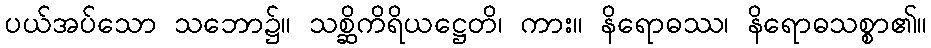
ပယ်အပ်သော သဘော၌။ သစ္ဆိကိရိယဋ္ဌေတိ၊ ကား။ နိရောဓဿ၊ နိရောဓသစ္စာ၏။